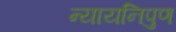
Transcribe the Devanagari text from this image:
न्यायनिपुण